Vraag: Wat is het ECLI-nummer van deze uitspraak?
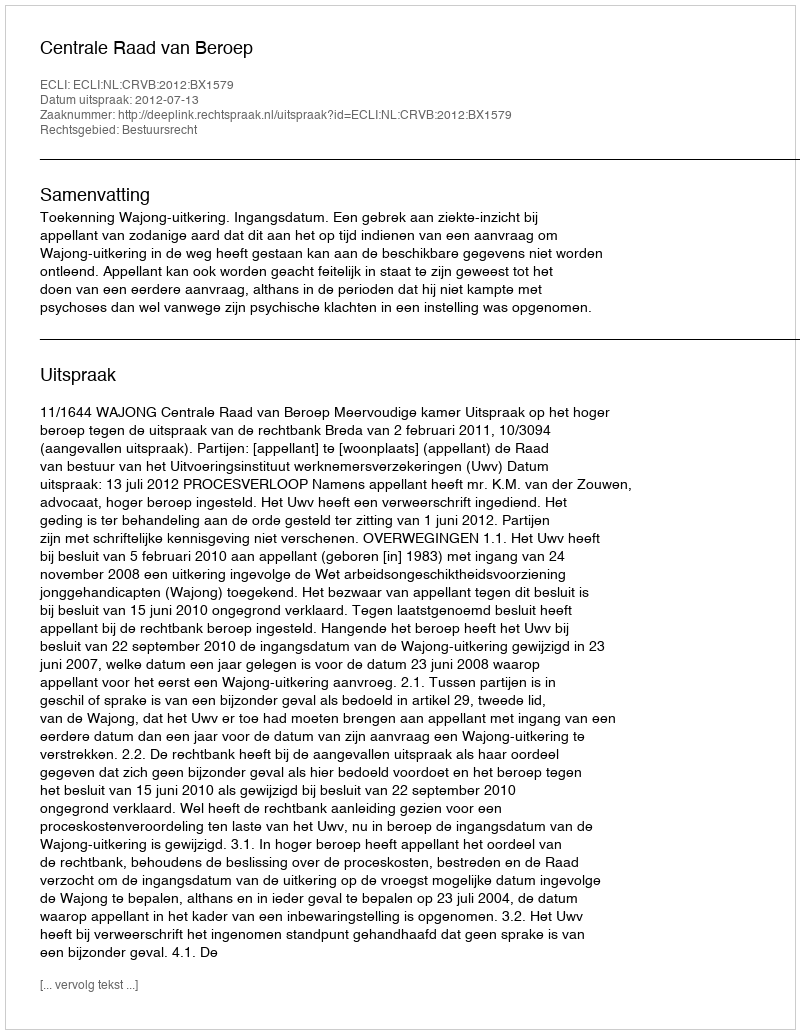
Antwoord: ECLI:NL:CRVB:2012:BX1579